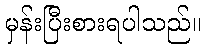
မှန်းပြီးစားရပါသည်။